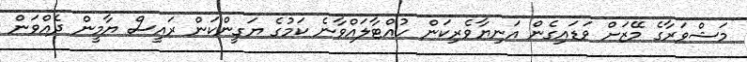
މަޝްވަރާގެ މޭޒަށް ވަޑައިގެން އަނިޔާވެރިކަން ހުއްޓާލައްވާނެ ކަމުގެ ޔަގީންކަން ރައީސް ޔާމީން ދެއްވަން